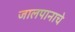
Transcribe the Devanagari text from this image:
जालपानाचे